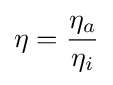
\eta ={\frac {\eta _{a}}{\eta _{i}}}